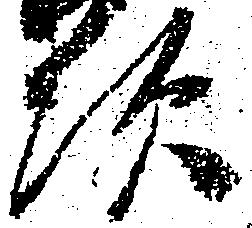
次